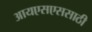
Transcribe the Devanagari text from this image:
आयएसएससाठी